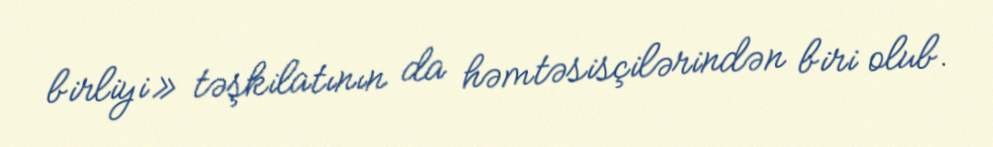
birliyi» təşkilatının da həmtəsisçilərindən biri olub.